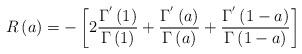
LaTeX: \begin{align*} R\left(a\right)=-\left[2\frac{\Gamma^{'}\left(1\right)}{\Gamma\left(1\right)}+\frac{\Gamma^{'}\left(a\right)}{\Gamma\left(a\right)}+\frac{\Gamma^{'}\left(1-a\right)}{\Gamma\left(1-a\right)}\right]\end{align*}